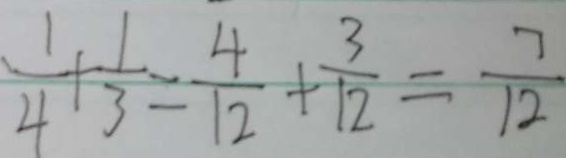
\frac { 1 } { 4 } + \frac { 1 } { 3 } = \frac { 4 } { 1 2 } + \frac { 3 } { 1 2 } = \frac { 7 } { 1 2 }